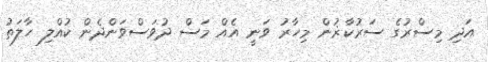
އަދި މިސްރުގެ ސަރުކާޜުން މިހާރު ވަނީ އެއް މަސް ދުވަސްވަންދެން ކުއްލި ހާލަތު